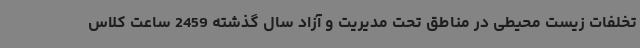
تخلفات زیست محیطی در مناطق تحت مدیریت و آزاد سال گذشته 2459 ساعت کلاس